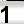
Digit: 1